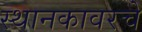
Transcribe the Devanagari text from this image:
स्थानकावरचे